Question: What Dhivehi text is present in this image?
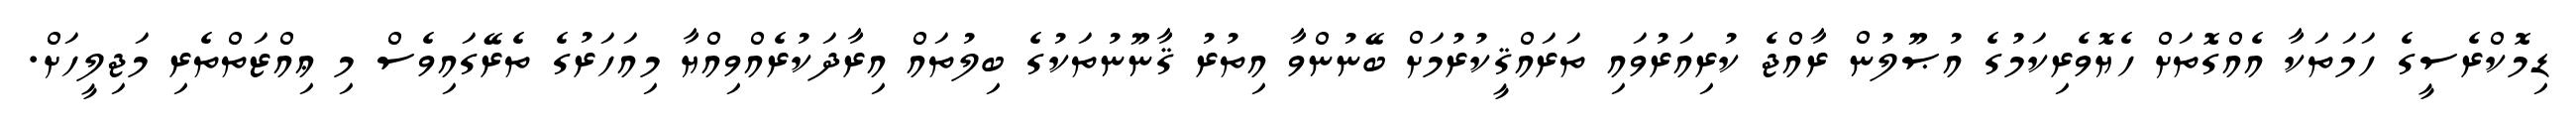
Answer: ޑިމޮކްރެސީގެ ހަމަތަކާ އެއްގޮތަށް ހެޔޮވެރިކަމުގެ އުޞޫލުން ރާއްޖެ ކުރިއަރުވައި ތަރައްޤީކުރުމަށް ބޭނުންވާ އިތުރު ޤާނޫނުތަކުގެ ބިލުތައް އިރާދަކުރެއްވިއްޔާ މިއަހަރުގެ ތެރޭގައިވެސް މި ޢިއްޒަތްތެރި މަޖިލީހަށް.